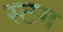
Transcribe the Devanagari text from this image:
स्टग